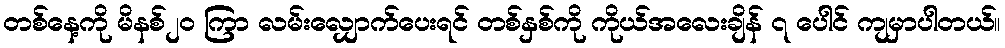
တစ်နေ့ကို မိနစ်၂၀ ကြာ လမ်းလျှောက်ပေးရင် တစ်နှစ်ကို ကိုယ်အလေးချိန် ၇ ပေါင် ကျမှာပါတယ်။